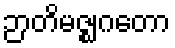
ဉာတိမဇ္ဈဂတော